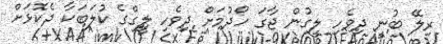
ރިލޭ ބުނީ ދިވެހި ލީގުން ޖާގަ ހޯދުމަށް ދިވެހި ލީގްގެ ކުލަބަކާ ދެކޮޅަށް